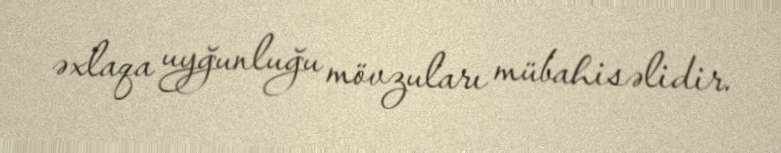
əxlaqa uyğunluğu mövzuları mübahisəlidir.